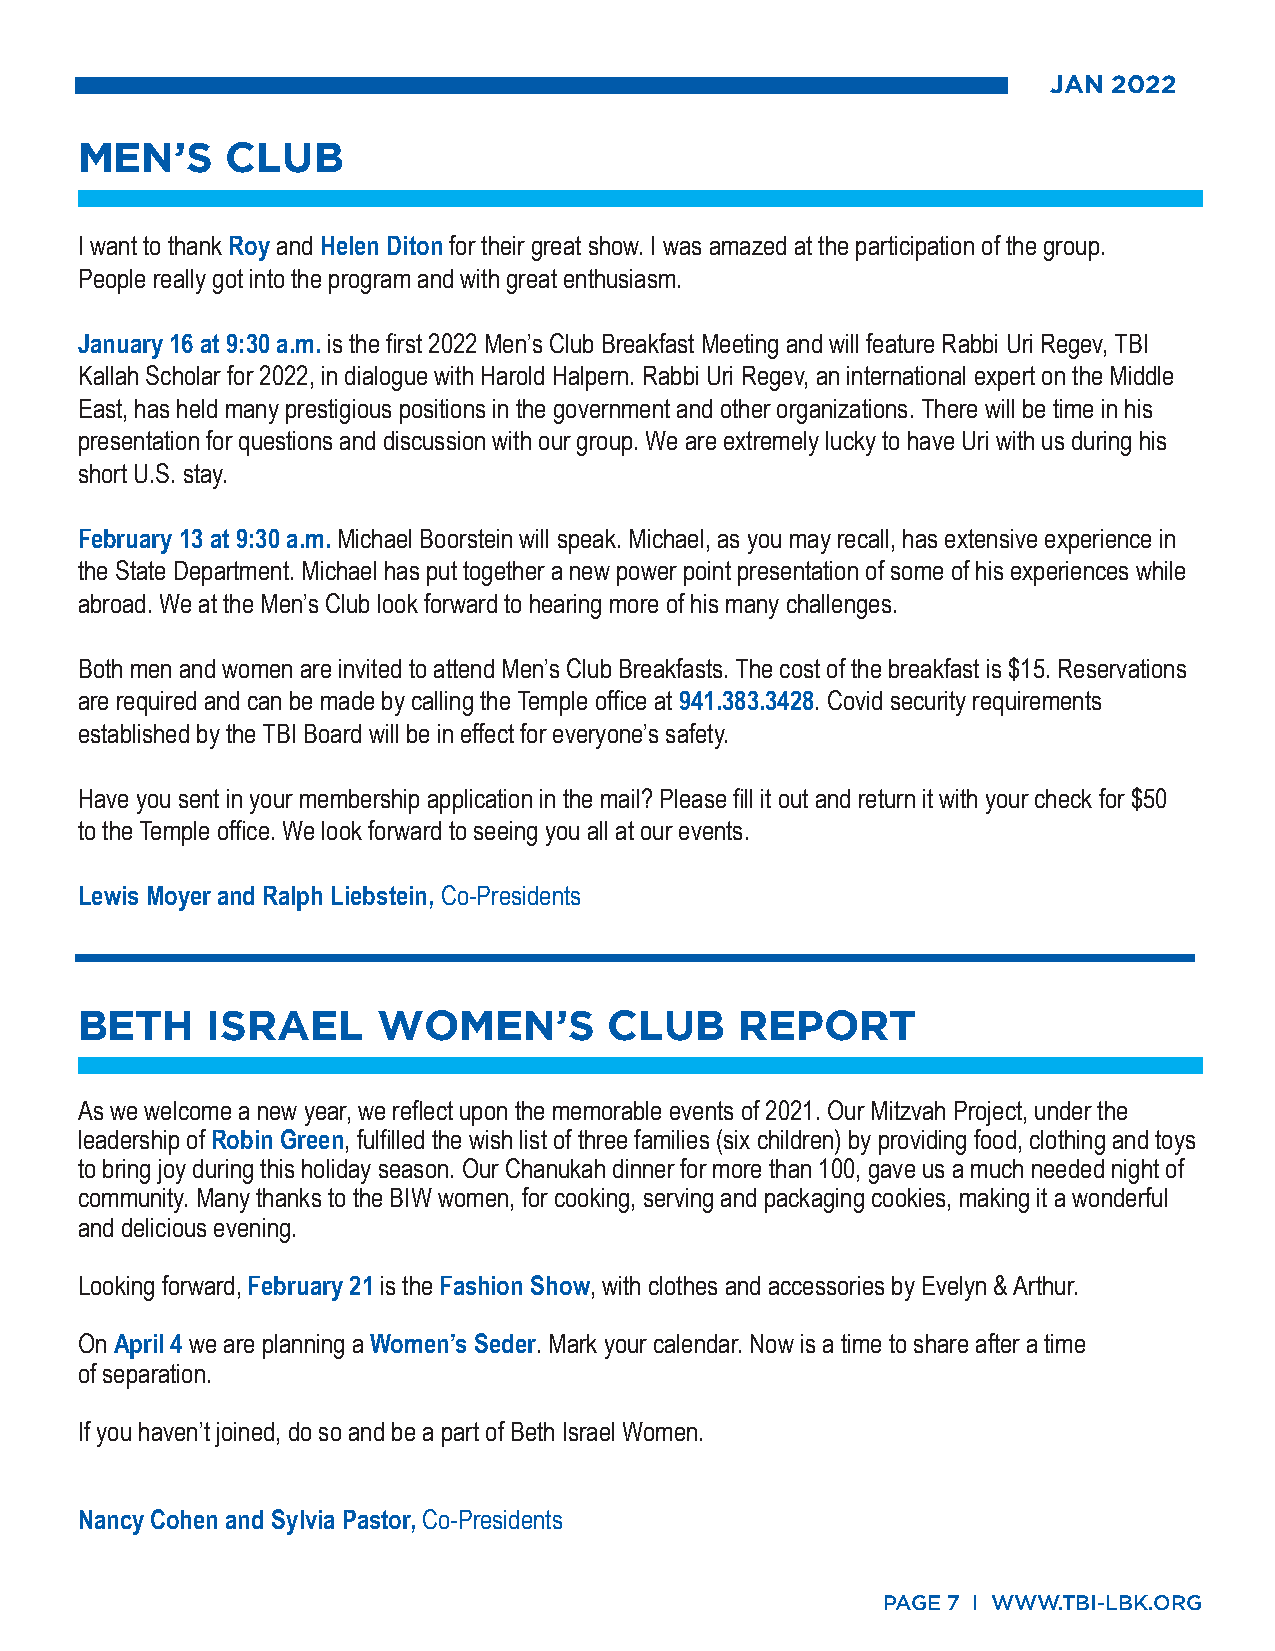
JAN 2022
 MEN’S     CLUB
 I want to thank Roy and Helen Diton for their great show. I was amazed at the participation of the group.
 People really got into the program and with great enthusiasm.
 January 16 at 9:30 a.m. is the first 2022 Men’s Club Breakfast Meeting and will feature Rabbi Uri Regev, TBI
 Kallah Scholar for 2022, in dialogue with Harold Halpern. Rabbi Uri Regev, an international expert on the Middle
 East, has held many prestigious positions in the government and other organizations. There will be time in his
 presentation for questions and discussion with our group. We are extremely lucky to have Uri with us during his
 short U.S. stay.
 February 13 at 9:30 a.m. Michael Boorstein will speak. Michael, as you may recall, has extensive experience in
 the State Department. Michael has put together a new power point presentation of some of his experiences while
 abroad. We at the Men’s Club look forward to hearing more of his many challenges.
 Both men and women are invited to attend Men’s Club Breakfasts. The cost of the breakfast is $15. Reservations
 are required and can be made by calling the Temple office at 941.383.3428. Covid security requirements
 established by the TBI Board will be in effect for everyone’s safety.
 Have you sent in your membership application in the mail? Please fill it out and return it with your check for $50
 to the Temple office. We look forward to seeing you all at our events.
 Lewis Moyer and Ralph Liebstein, Co-Presidents
 BETH     ISRAEL     WOMEN’S        CLUB     REPORT
 As we welcome a new year, we reflect upon the memorable events of 2021. Our Mitzvah Project, under the
 leadership of Robin Green, fulfilled the wish list of three families (six children) by providing food, clothing and toys
 to bring joy during this holiday season. Our Chanukah dinner for more than 100, gave us a much needed night of
 community. Many thanks to the BIW women, for cooking, serving and packaging cookies, making it a wonderful
 and delicious evening.
 Looking forward, February 21 is the Fashion Show, with clothes and accessories by Evelyn & Arthur.
 On April 4 we are planning a Women’s Seder. Mark your calendar. Now is a time to share after a time
 of separation.
 If you haven’t joined, do so and be a part of Beth Israel Women.
 Nancy Cohen and Sylvia Pastor, Co-Presidents
 PAGE 7 I WWW.TBI-LBK.ORG